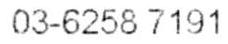
03-6258 7191